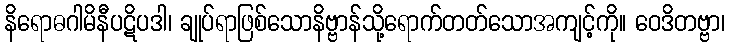
နိရောဓဂါမိနီပဋိပဒါ၊ ချုပ်ရာဖြစ်သောနိဗ္ဗာန်သို့ရောက်တတ်သောအကျင့်ကို။ ဝေဒိတဗ္ဗာ၊